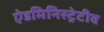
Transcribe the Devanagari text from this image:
ऐडमिनिस्ट्रेटीव